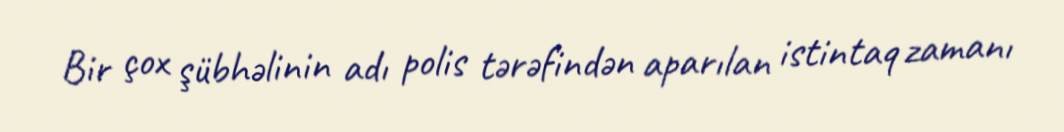
Bir çox şübhəlinin adı polis tərəfindən aparılan istintaq zamanı